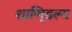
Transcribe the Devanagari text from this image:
शाणि्डल्य